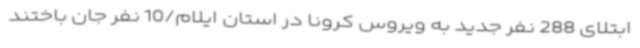
ابتلای 288 نفر جدید به ویروس کرونا در استان ایلام/10 نفر جان باختند